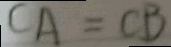
C A = C B